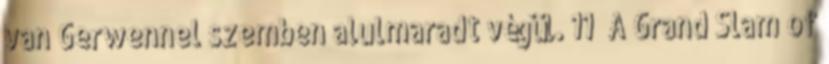
van Gerwennel szemben alulmaradt végül. 11 A Grand Slam of